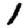
Digit: 1